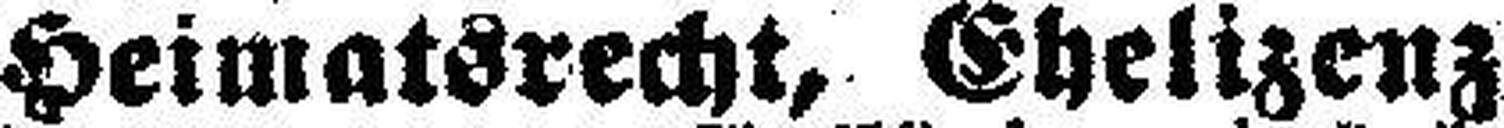
Heimatsrecht, Ehelizenz